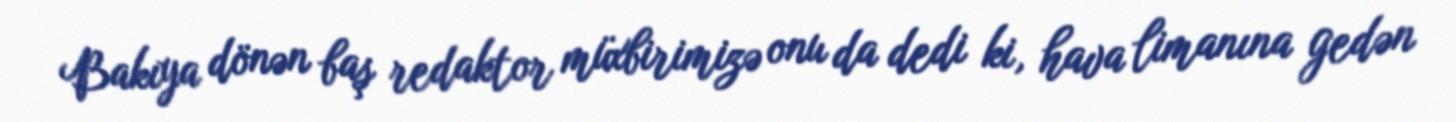
Bakıya dönən baş redaktor müxbirimizə onu da dedi ki, hava limanına gedən